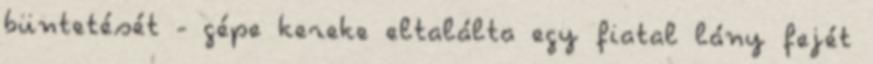
büntetését - gépe kereke eltalálta egy fiatal lány fejét